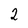
Character: 2